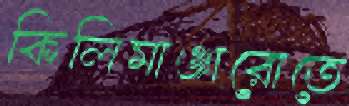
কিলিমাঞ্জারোতে